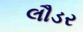
લૌડર